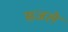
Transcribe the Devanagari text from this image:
सजले